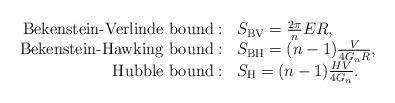
LaTeX: \begin{align*}\begin{array}{rl}\mbox{Bekenstein-Verlinde bound}: &S_{\rm BV}=\frac{2\pi}{n}ER, \\\mbox{Bekenstein-Hawking bound}: &S_{\rm BH}=(n-1)\frac{V}{4G_nR}, \\\mbox{Hubble bound}: &S_{\rm H}=(n-1)\frac{HV}{4G_n}.\end{array}\end{align*}